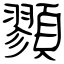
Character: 顟